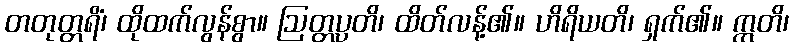
တတုတ္တရိံ၊ ထိုထက်လွန်စွာ။ ဩတ္တပ္ပတိ၊ ထိတ်လန့်၏။ ဟိရိယတိ၊ ရှက်၏။ ဣတိ၊